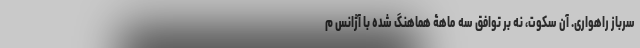
سرباز راهواری. آن سکوت، نه بر توافق سه ماهۀ هماهنگ شده با آژانس م